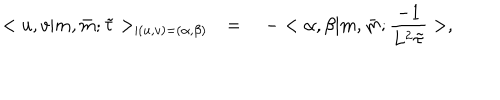
< u , v | m , \bar { m } ; \tilde { \tau } > _ { | ( u , v ) = ( \alpha , \beta ) } \quad = \quad - < \alpha , \beta | m , \bar { m } ; \frac { - 1 } { L ^ { 2 } \tilde { \tau } } > ,